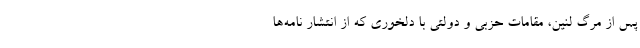
پس از مرگ لنین، مقامات حزبی و دولتی با دلخوری که از انتشار نامه‌ها